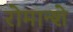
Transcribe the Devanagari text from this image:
रोमान्शे